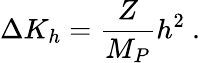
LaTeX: \Delta K_{h}=\frac{Z}{M_{P}}h^{2}~.